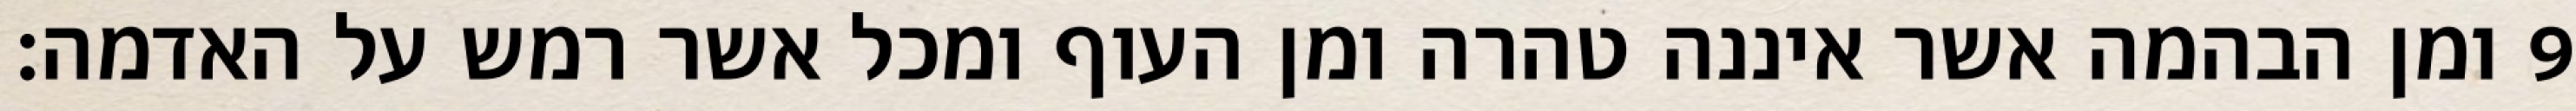
ומן הבהמה אשר איננה טהרה ומן העוף ומכל אשר רמש על האדמה׃ ‎9‏